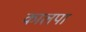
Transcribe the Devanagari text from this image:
कालपा